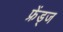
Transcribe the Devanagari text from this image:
फ्रेंड्ज